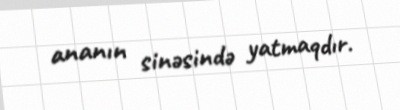
ananın sinəsində yatmaqdır.